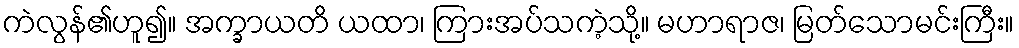
ကဲလွန်၏ဟူ၍။ အက္ခာယတိ ယထာ၊ ကြားအပ်သကဲ့သို့။ မဟာရာဇ၊ မြတ်သောမင်းကြီး။